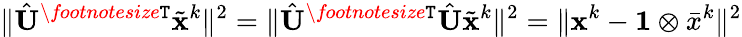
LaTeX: \| \hat{{\mathbf{U}}}^{\textit{\footnotesize\texttt{T}}}\tilde{{\mathbf{x}}}^{k}\| ^{2}=\| \hat{{\mathbf{U}}}^{\textit{\footnotesize\texttt{T}}}\hat{{\mathbf{U}}}\tilde{{\mathbf{x}}}^{k}\| ^{2}=\| {\mathbf{x}}^{k}-\mathbf{1}\otimes\bar{x}^{k}\| ^{2}